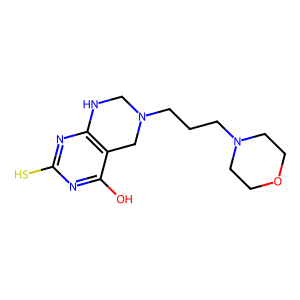
SMILES: Oc1nc(S)nc2c1CN(CCCN1CCOCC1)CN2
Inhibits HIV replication: No